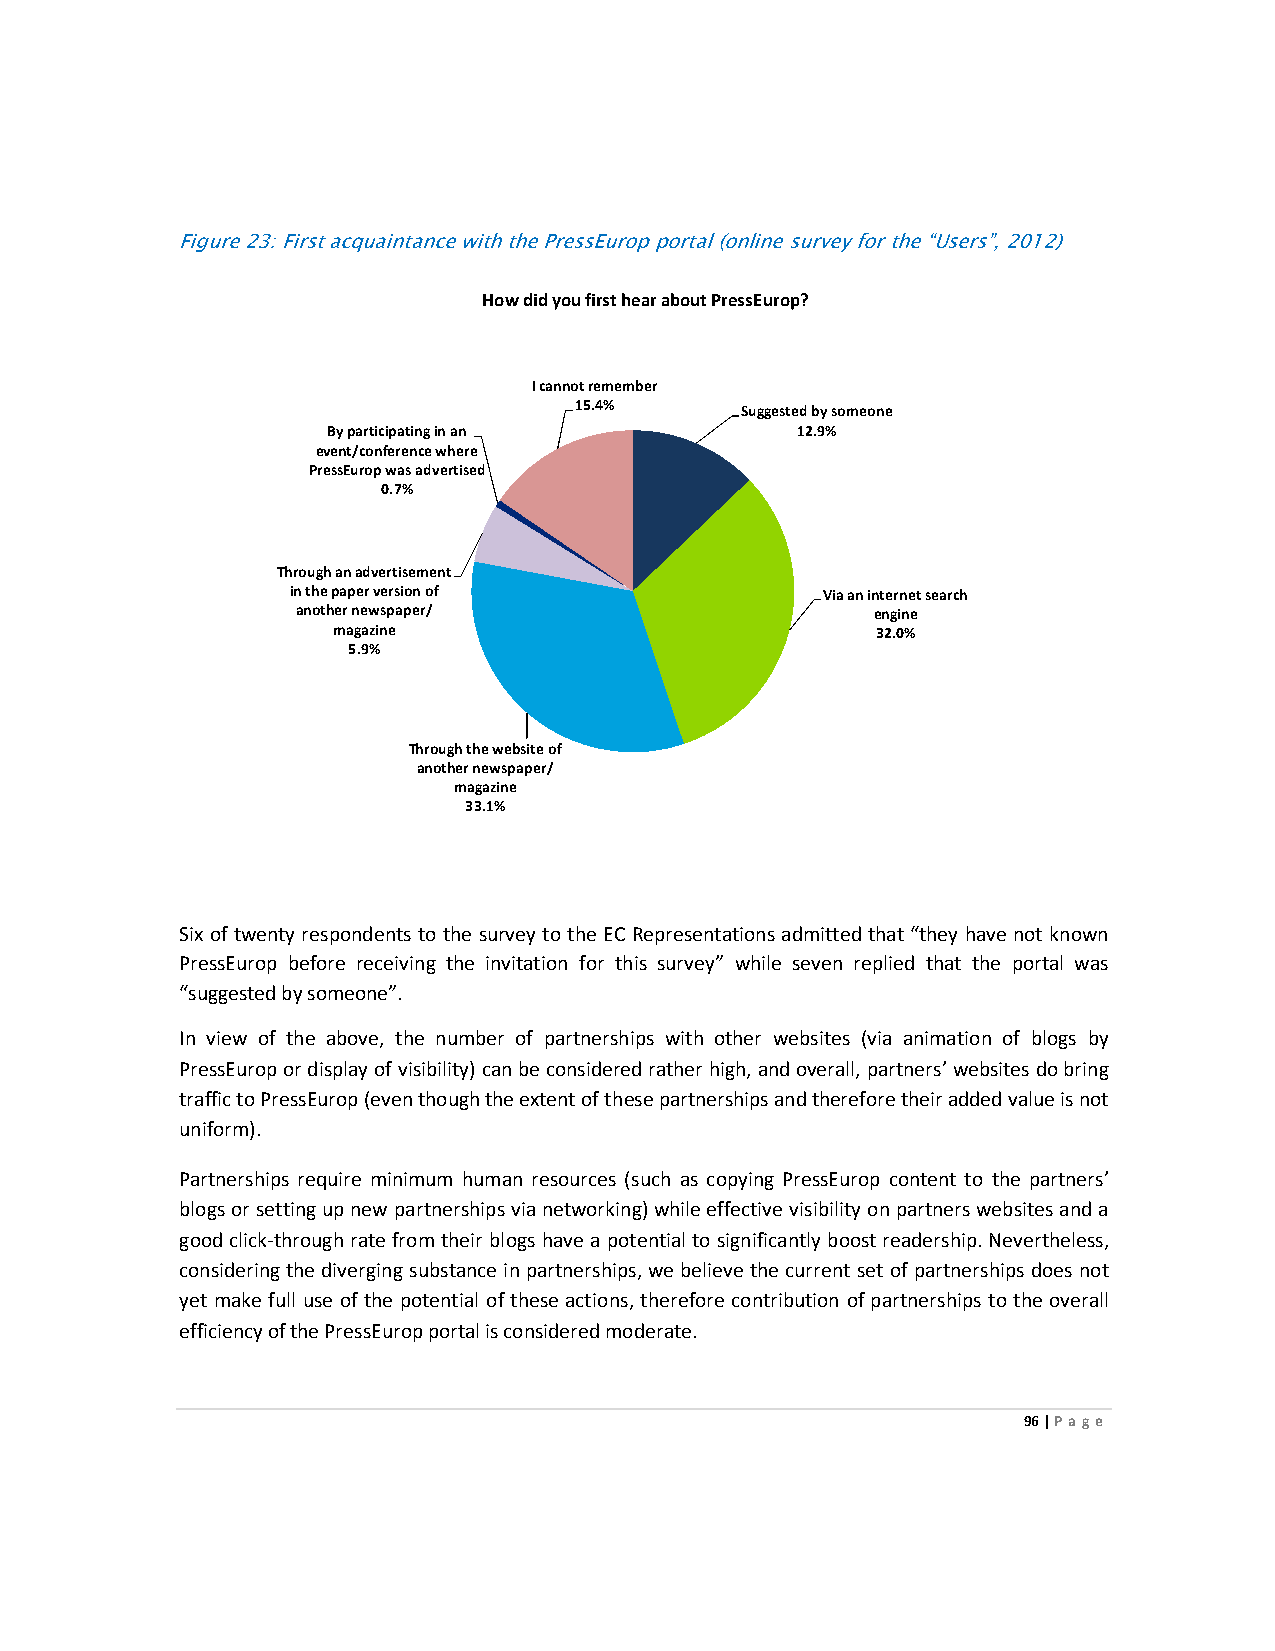
Figure 23: First acquaintance with the PressEurop portal (online survey for the “Users”, 2012)
 How did you first hear about PressEurop?
 I cannot remember
 15.4%      Suggested by someone
 By participating in an         12.9%
 event/conference where
 PressEurop was advertised
 0.7%
 Through an advertisement
 in the paper version of             Via an internet search
 another newspaper/                    engine
 magazine                            32.0%
 5.9%
 Through the website of
 another newspaper/
 magazine
 33.1%
 Six of twenty respondents to the survey to the EC Representations admitted that “they have not known
 PressEurop before receiving the invitation for this survey” while seven replied that the portal was
 “suggested by someone”.
 In view of the above, the number of partnerships with other websites (via animation of blogs by
 PressEurop or display of visibility) can be considered rather high, and overall, partners’ websites do bring
 traffic to PressEurop (even though the extent of these partnerships and therefore their added value is not
 uniform).
 Partnerships require minimum human resources (such as copying PressEurop content to the partners’
 blogs or setting up new partnerships via networking) while effective visibility on partners websites and a
 good click-through rate from their blogs have a potential to significantly boost readership. Nevertheless,
 considering the diverging substance in partnerships, we believe the current set of partnerships does not
 yet make full use of the potential of these actions, therefore contribution of partnerships to the overall
 efficiency of the PressEurop portal is considered moderate.
 96 | Page